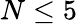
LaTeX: N\leq 5